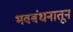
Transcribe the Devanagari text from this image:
भवबंधनातून